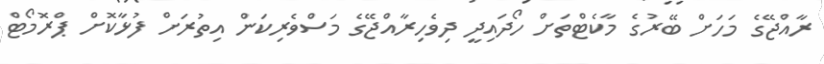
ރާއްޖޭގެ މަހަށް ބޭރުގެ މާކެޓްތަށް ހޯދައިދީ ދިވެހިރާއްޖޭގެ މަސްވެރިކަން އިތުރަށް ފުޅާކޮށް ޕްރޮމޯޓް